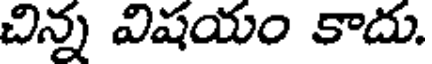
చిన్న విషయం కాదు.